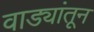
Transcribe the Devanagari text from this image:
वाड्यांतून